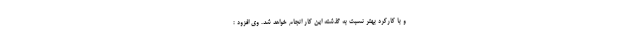
و با کارکرد بهتر نسبت به گذشته این کار انجام خواهد شد. وی افزود :